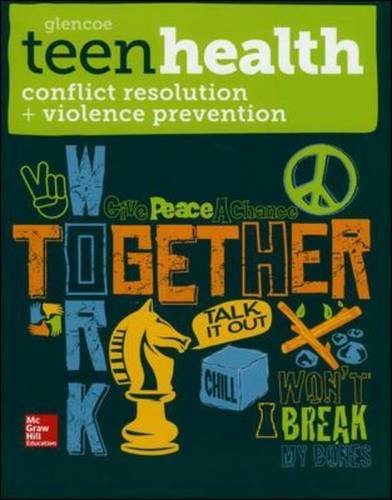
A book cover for Teen Health, Conflict Resolution and Violence Prevention 2014; McGraw-Hill Education; Health, Fitness & Dieting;